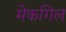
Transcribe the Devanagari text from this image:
मेकगिल